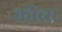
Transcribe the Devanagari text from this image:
कौब्स